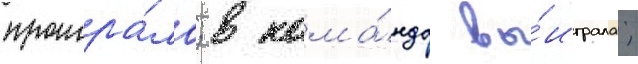
проигра́ла; в кома́нда вы́играла;